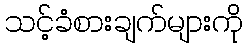
သင့်ခံစားချက်များကို